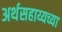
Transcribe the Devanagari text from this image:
अर्थसहाय्यच्या